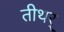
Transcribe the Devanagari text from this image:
तीथर्